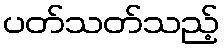
ပတ်သတ်သည့်